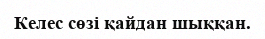
Келес сөзі қайдан шыққан.